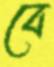
বে